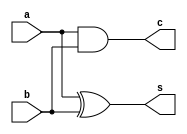
//half adder dataflow design style

module HA(s,c,a,b);          //s=sum, c=carry, a=input 1, b=input 2
  input a,b;
  output s,c;
  assign s=a^b;
  assign c=a&b;
endmodule